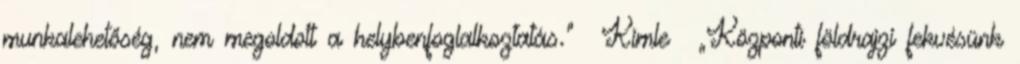
munkalehetőség, nem megoldott a helybenfoglalkoztatás.” ▪Kimle ▪„Központi földrajzi fekvésünk